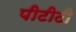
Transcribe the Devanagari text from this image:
पीटीटी